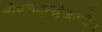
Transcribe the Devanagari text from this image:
श्रीमहामृत्युंजयदेव